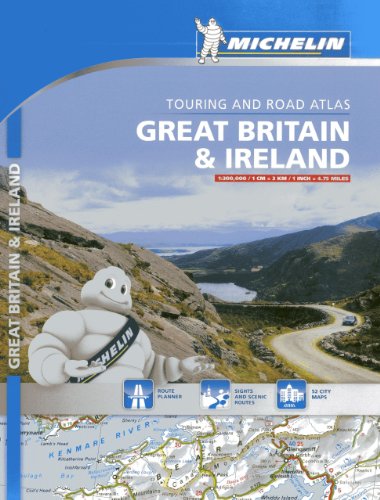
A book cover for Michelin Great Britain & Ireland Road Atlas (Atlas (Michelin)); Michelin; Travel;